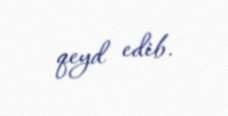
qeyd edib.